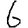
Digit: 6